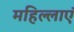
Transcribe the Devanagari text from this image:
महिल्लाएं